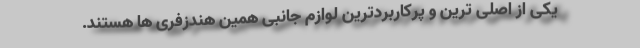
یکی از اصلی ترین و پرکاربردترین لوازم جانبی همین هندزفری ها هستند.